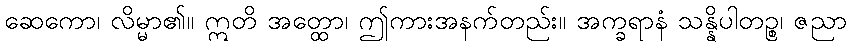
ဆေကော၊ လိမ္မာ၏။ ဣတိ အတ္ထော၊ ဤကားအနက်တည်း။ အက္ခရာနံ သန္နိပါတဉ္စ၊ ဇညာ